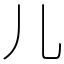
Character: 儿